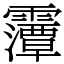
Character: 䨵